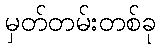
မှတ်တမ်းတစ်ခု